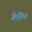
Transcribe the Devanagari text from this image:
केलिन